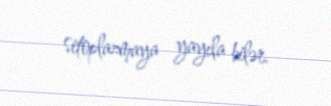
sitoplazmaya yayıla bilər.